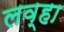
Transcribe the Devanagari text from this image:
लव्हा